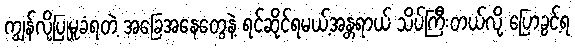
ကျွန်လိုပြုမူခံရတဲ့ အခြေအနေတွေနဲ့ ရင်ဆိုင်ရမယ့်အန္တရာယ် သိပ်ကြီးတယ်လို့ ပြောခွင့်ရ